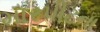
મારપીટના